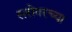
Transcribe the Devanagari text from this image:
सरोवरच्या